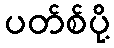
ပတ်စ်ပို့